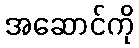
အဆောင်ကို